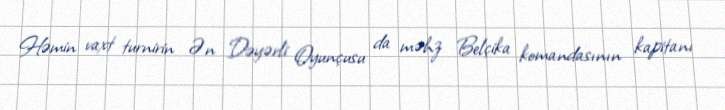
Həmin vaxt turnirin Ən Dəyərli Oyunçusu da məhz Belçika komandasının kapitanı